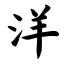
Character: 洋